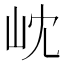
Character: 𭖉